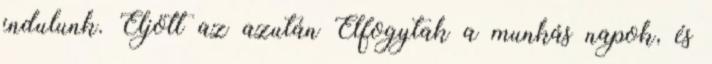
indulunk. Eljött az azután Elfogytak a munkás napok, és